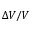
\Delta V / V